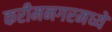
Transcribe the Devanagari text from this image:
करीमनगरमध्ये